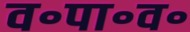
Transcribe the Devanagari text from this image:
व॰पा॰व॰